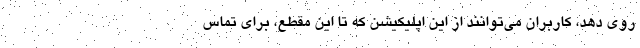
روی دهد، کاربران می‌توانند از این اپلیکیشن که تا این مقطع، برای تماس